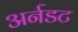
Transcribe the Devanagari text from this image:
अर्नडट